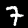
Label: 7